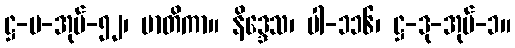
ဋ္ဌ-ပ-အုပ်-၅၂၊ မာတိကာ။ နိဒ္ဒေသ၊ ပါ-၁၁၆၊ ဋ္ဌ-ဒု-အုပ်-၁။